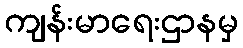
ကျန်းမာရေးဌာနမှ